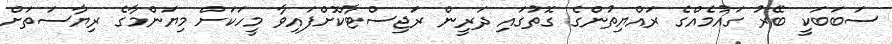
ސަބަބަކީ ބޭރު ގައުމެއްގެ ރައްޔިތުންގެ ގޮތުގައި ދަރީން ރަޖިސްޓާކޮށްފައިވާ މީހަކަށް މިޔަންމާގެ ރިޔާސަތަށް